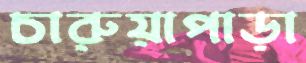
চারুয়াপাড়া